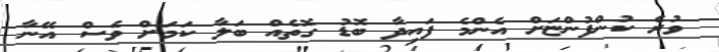
ވުރެ ކުންފުންޏަށް އެންމެ ފައިދާ ބޮޑު ގޮތެއް ބަލާ ކަމަށް ވެސް އޭނާ